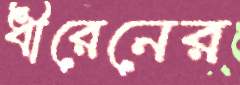
ধীরেনের